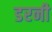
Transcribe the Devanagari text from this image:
डरनी